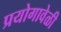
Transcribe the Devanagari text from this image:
प्रयोगावेळी